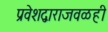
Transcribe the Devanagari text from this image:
प्रवेशद्वाराजवळही